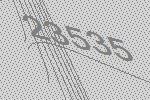
23535